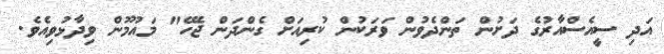
އަދި ސީއެސްއާރުގެ ދަށުން ތަންދެވުން ވަރަކުން ކުރިއަށް ގެންދަން ޖެހޭ" މައުމޫން ވިދާޅުވިއެވެ.